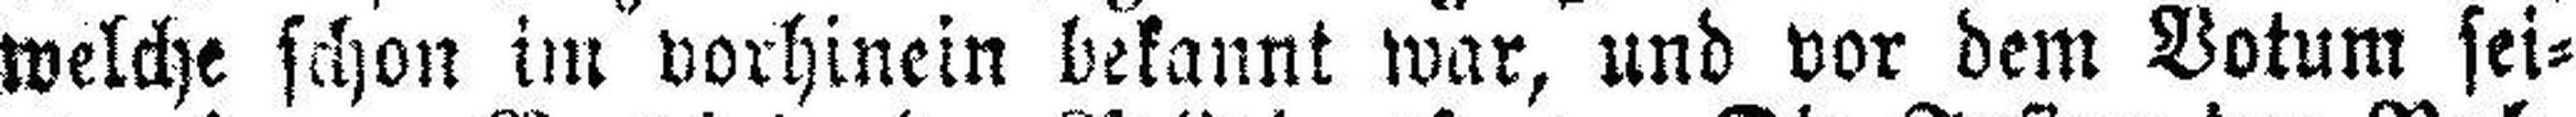
welche schon im vorhinein bekannt war, und vor dem Votum sei¬